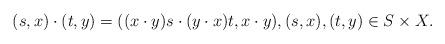
LaTeX: \begin{align*}(s,x)\cdot (t,y)=((x\cdot y)s\cdot (y\cdot x)t,x\cdot y),(s,x),(t,y)\in S\times X.\end{align*}